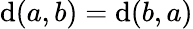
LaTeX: \mathrm{d}(a,b)=\mathrm{d}(b,a)